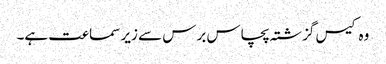
وہ کیس گزشتہ پچاس برس سے زیر سماعت ہے۔